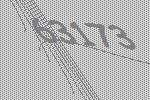
63173